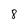
Character: 8